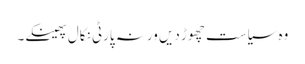
وہ سیاست چھوڑ دیں ورنہ پارٹی نکال پھینکے۔